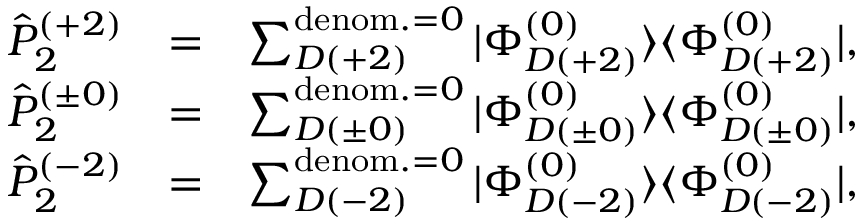
\begin{array} { r l r } { \hat { P } _ { 2 } ^ { ( + 2 ) } } & { = } & { \sum _ { D ( + 2 ) } ^ { { \mathrm { d e n o m . } = 0 } } | \Phi _ { D ( + 2 ) } ^ { ( 0 ) } \rangle \langle \Phi _ { D ( + 2 ) } ^ { ( 0 ) } | , } \\ { \hat { P } _ { 2 } ^ { ( \pm 0 ) } } & { = } & { \sum _ { D ( \pm 0 ) } ^ { { \mathrm { d e n o m . } = 0 } } | \Phi _ { D ( \pm 0 ) } ^ { ( 0 ) } \rangle \langle \Phi _ { D ( \pm 0 ) } ^ { ( 0 ) } | , } \\ { \hat { P } _ { 2 } ^ { ( - 2 ) } } & { = } & { \sum _ { D ( - 2 ) } ^ { { \mathrm { d e n o m . } = 0 } } | \Phi _ { D ( - 2 ) } ^ { ( 0 ) } \rangle \langle \Phi _ { D ( - 2 ) } ^ { ( 0 ) } | , } \end{array}